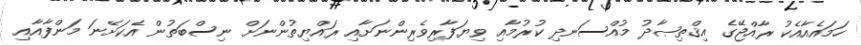
ހަމައެއާއެކު ރާއްޖޭގެ އިޤްތިޞާދު މުއްސަނދި ކުރުމާއި ވިޔަފާރިވެރިންނަށާއި ރައްޔިތުންނަށް ނިސްބަތުން އެކަށޭނަ މަންފާއާއި